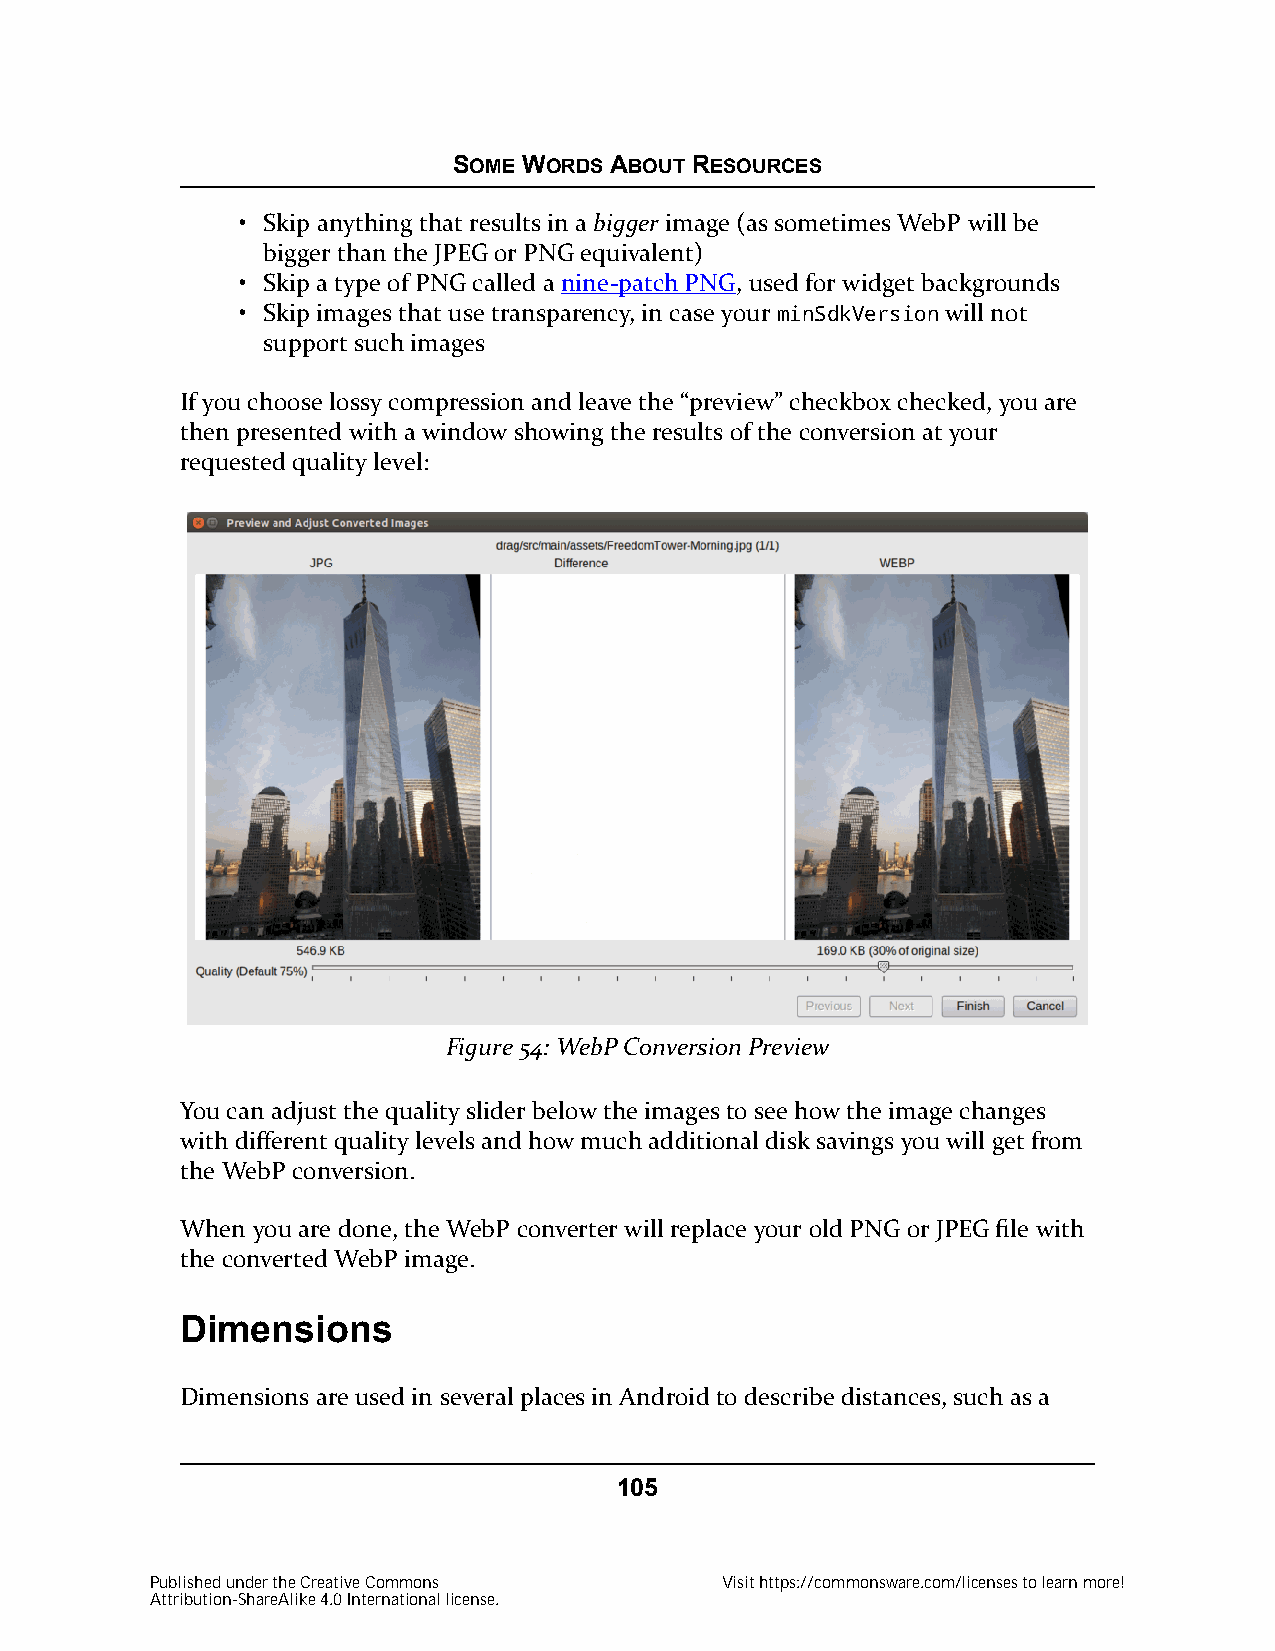
SOME WORDS ABOUT RESOURCES
 • Skip anything that results in a bigger image (as sometimes WebP will be
 bigger than the JPEG or PNG equivalent)
 • Skip a type of PNG called a nine-patch PNG, used for widget backgrounds
 • Skip images that use transparency, in case your minSdkVersion will not
 support such images
 If you choose lossy compression and leave the “preview” checkbox checked, you are
 then presented with a window showing the results of the conversion at your
 requested quality level:
 Figure 54: WebP Conversion Preview
 You can adjust the quality slider below the images to see how the image changes
 with different quality levels and how much additional disk savings you will get from
 the WebP conversion.
 When you are done, the WebP converter will replace your old PNG or JPEG file with
 the converted WebP image.
 Dimensions
 Dimensions are used in several places in Android to describe distances, such as a
 105
 Published under the Creative Commons  Visit https://commonsware.com/licenses to learn more!
 Attribution-ShareAlike 4.0 International license.